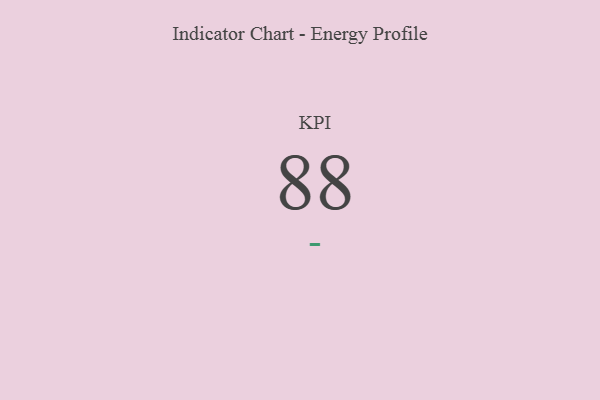
{"axis": {"x": "KPI", "y": "Value"}, "legend": [""], "data": [{"x": "KPI", "y": 88, "type": ""}]}